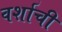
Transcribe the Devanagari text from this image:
वर्शाची